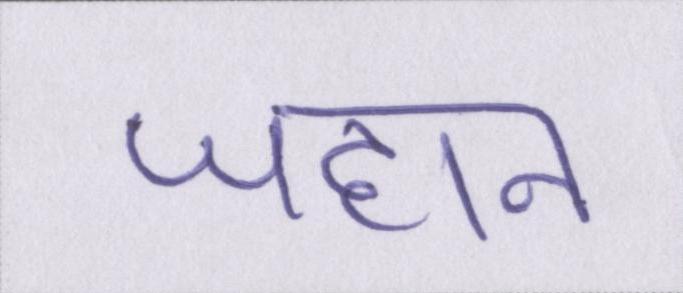
जहान